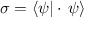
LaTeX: \sigma = \langle \psi | \cdot \, \psi \rangle